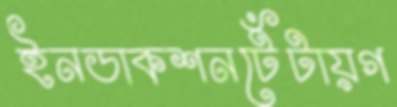
ইনডাকশনটেঁটায়গ